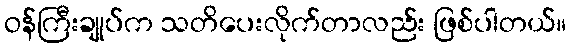
ဝန်ကြီးချုပ်က သတိပေးလိုက်တာလည်း ဖြစ်ပါတယ်။